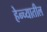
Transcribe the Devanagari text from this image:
हेन्च्यातील